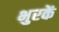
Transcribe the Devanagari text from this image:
भुरकें